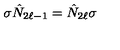
\sigma \hat { N } _ { 2 \ell - 1 } = \hat { N } _ { 2 \ell } \sigma